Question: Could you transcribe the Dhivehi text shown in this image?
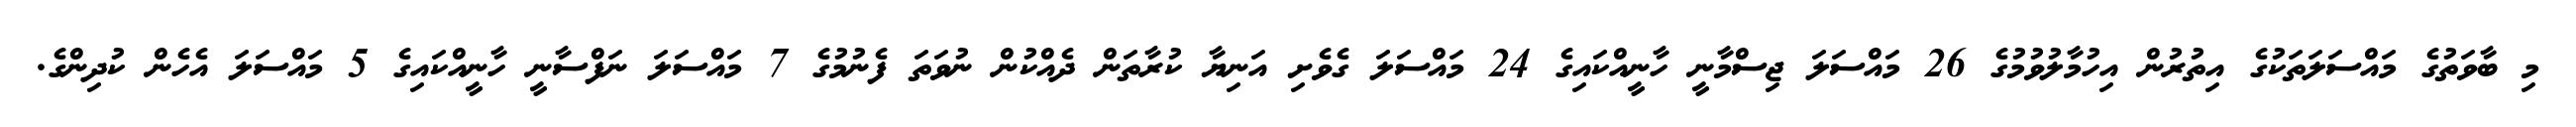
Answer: މި ބާވަތުގެ މައްސަލަތަކުގެ އިތުރުން އިހުމާލުވުމުގެ 26 މައްސަލަ ޖިސްމާނީ ހާނީއްކައިގެ 24 މައްސަލަ ގެވެށި އަނިޔާ ކުރާތަން ދެއްކުން ނުވަތަ ފެނުމުގެ 7 މައްސަލަ ނަފްސާނީ ހާނީއްކައިގެ 5 މައްސަލަ އެހެން ކުދިންގެ.